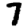
Digit: 7